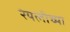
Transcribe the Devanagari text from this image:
रेयलीच्या